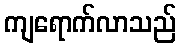
ကျရောက်လာသည်